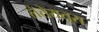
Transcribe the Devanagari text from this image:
लेत्तेरातूरा